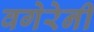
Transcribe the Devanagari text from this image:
वगेरेनी